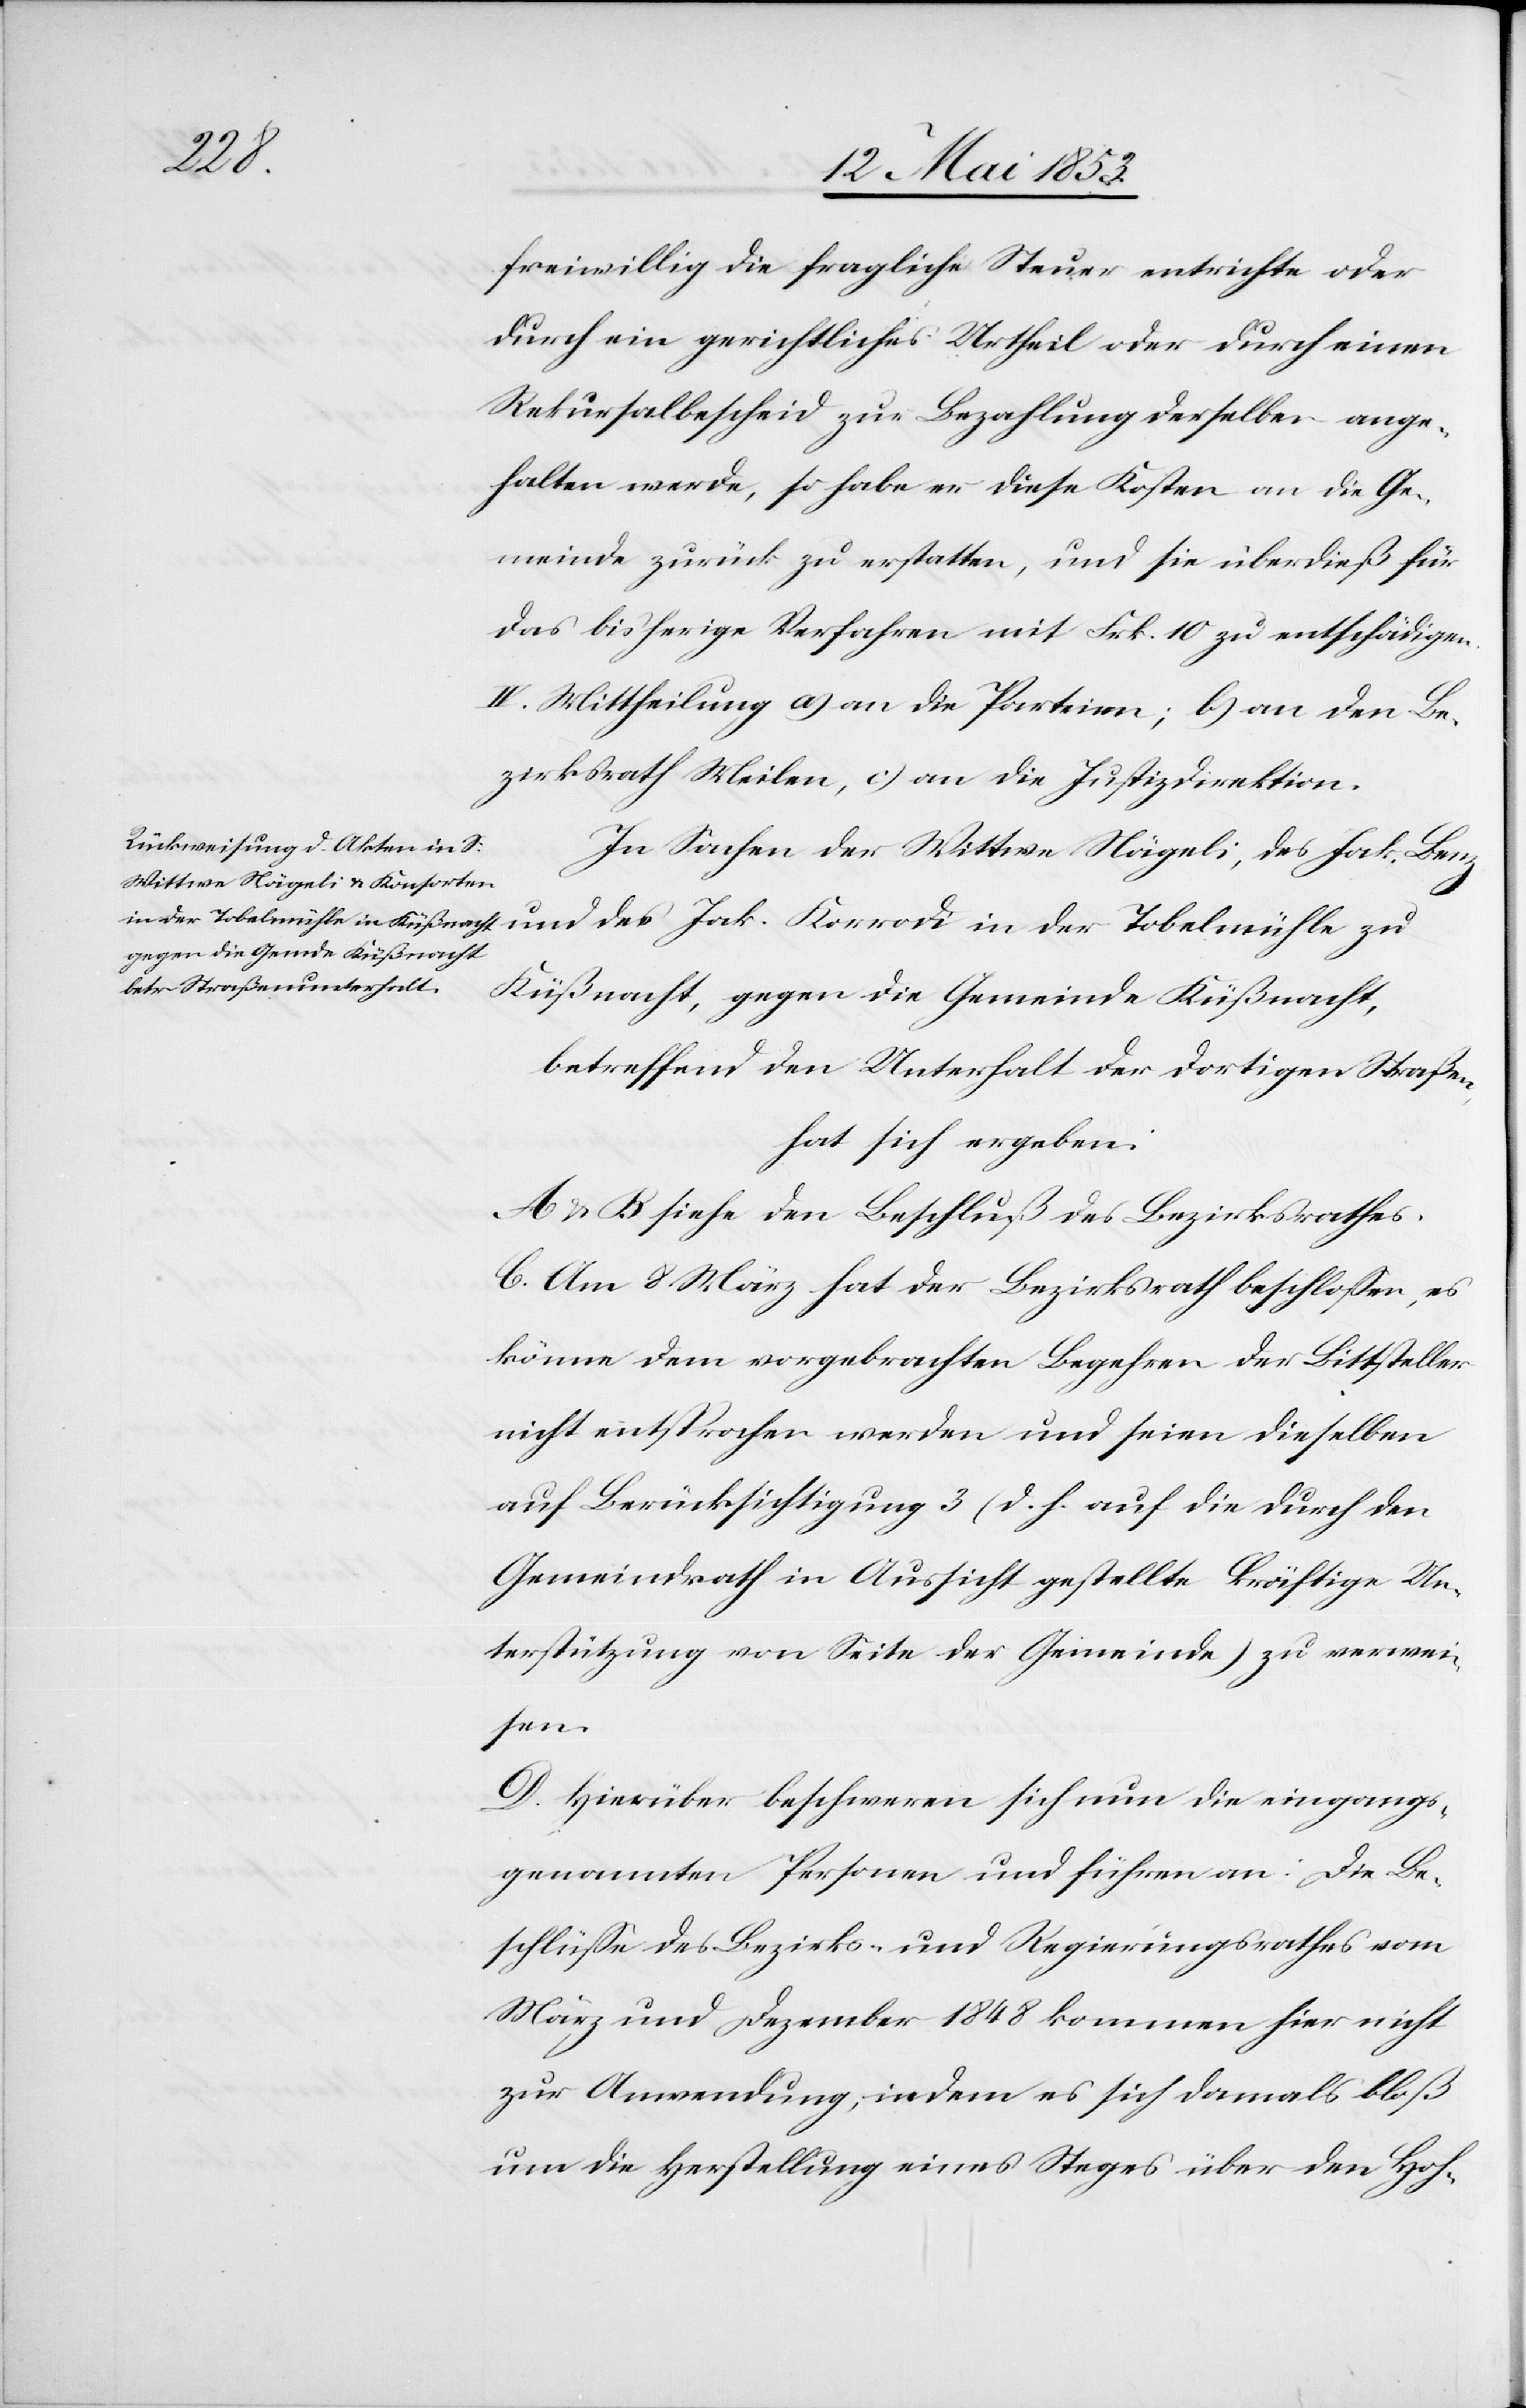
der
freiwillig die fragliche Steuer entrichte oder
durch ein gerichtliches Urtheil oder durch einen
Rekursentscheid zu Bezahlung derselben ange¬
halten werde, so habe er diese Kosten an die Ge¬
meinde zurück zu erstatten, und sie überdieß für
das bisherige Verfahren mit Frk. 10 zu entschädigen.
II. Mittheilung a) an die Parteien; b) an den Be¬
zirksrath Meilen, c) an die Justizdirektion.
In Sachen der Wittwe Nägeli, des Jak. Benz
Küßnacht, gegen die Gemeinde Küßnacht,
betreffend den Unterhalt der dortigen Straße,
hat sich ergeben:
A u. B siehe den Beschluß des Bezirksrathes.
C. Am 8 März hat der Bezirksrath beschloßen, es
könne dem vorgebrachten Begehren der Bittsteller
nicht entsprochen werden und seien dieselben
auf Berücksichtigung 3 (d. h. auf die durch den
Gemeindrath in Aussicht gestellte kräftige Un¬
terstützung von Seite der Gemeinde) zu erwei¬
tern.
D. Hierüber beschweren sich nun die eingangs¬
genannten Personen und führen an: Die Be¬
schlüße des Bezirks- und Regierungsrathes vom
März und Dezember 1848 kommen nicht
zur Anwendung, indem es sich damals bloß
um die Herstellung eines Steges über den Hoh-